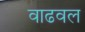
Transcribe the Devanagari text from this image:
वाढवल